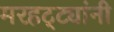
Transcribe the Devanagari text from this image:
मरहट्ट्यांनी